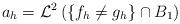
LaTeX: \begin{align*} a_h = \mathcal{L}^2\left( \left\{ f_h \neq g_h \right\}\cap B_1 \right) \end{align*}